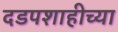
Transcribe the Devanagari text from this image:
दडपशाहीच्या